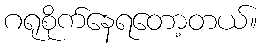
ဂရုစိုက်နေရတော့တယ်။